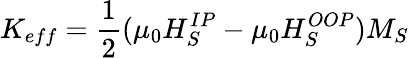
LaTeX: K_{eff}=\frac{1}{2}(\mu_{0}H_{S}^{IP}-\mu_{0}H_{S}^{OOP})M_{S}